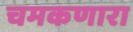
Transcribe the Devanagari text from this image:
चमकणारा